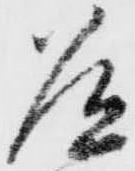
道